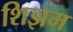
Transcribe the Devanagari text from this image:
शिझम